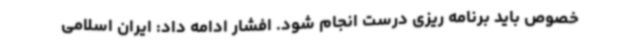
خصوص باید برنامه ریزی درست انجام شود. افشار ادامه داد: ایران اسلامی